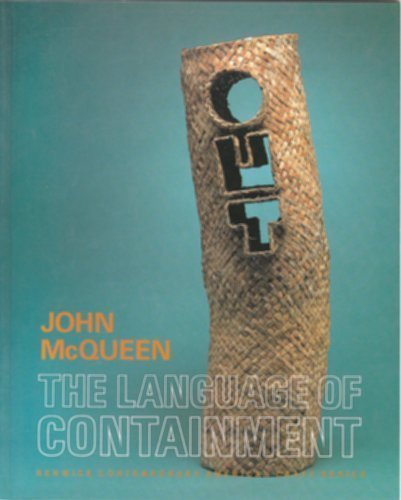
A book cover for John McQueen: The Language of Containment (Renwick Contemporary American Craft Series); Ed Rossbach; Crafts, Hobbies & Home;